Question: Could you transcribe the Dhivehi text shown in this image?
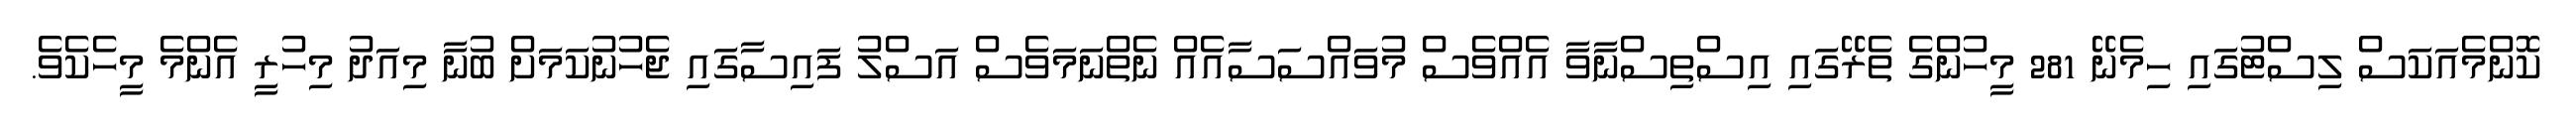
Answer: ކޮންމެއަކަސް ލިސްޓުގައި ހިމެނޭ 281 މީހުންގެ ތެރޭގައި އިސްތިސްނާވާ އެއްވެސް މުވައްސަސާއެއް ނެތްނަމަވެސް އަސްލު ފައިސާގައި ޖެހުނުކަމަށް ބުނާ މިއަދު މިހުރީ އެންމެ މީހެކެވެ.